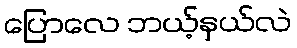
ပြောလေ ဘယ့်နှယ်လဲ